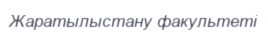
Жаратылыстану факультеті